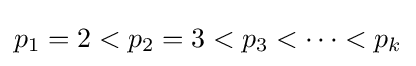
p_{1}=2<p_{2}=3<p_{3}<\cdots <p_{k}